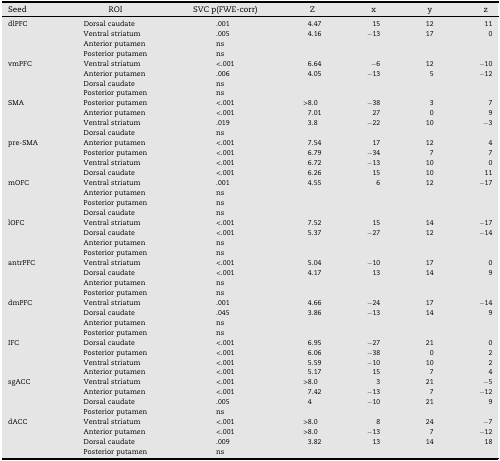
<table><thead><tr><td><b>Seed</b></td><td><b>ROI</b></td><td><b>SVC p(FWE-corr)</b></td><td><b>Z</b></td><td><b>x</b></td><td><b>y</b></td><td><b>z</b></td></tr></thead><tbody><tr><td>dlPFC</td><td>Dorsal caudate</td><td>.001</td><td>4.47</td><td>15</td><td>12</td><td>11</td></tr><tr><td>Ventral striatum</td><td>.005</td><td>4.16</td><td>−13</td><td>17</td><td>0</td></tr><tr><td>Anterior putamen</td><td>ns</td><td></td><td></td><td></td><td></td></tr><tr><td>Posterior putamen</td><td>ns</td><td></td><td></td><td></td><td></td></tr><tr><td>vmPFC</td><td>Ventral striatum</td><td>&lt;.001</td><td>6.64</td><td>−6</td><td>12</td><td>−10</td></tr><tr><td>Anterior putamen</td><td>.006</td><td>4.05</td><td>−13</td><td>5</td><td>−12</td></tr><tr><td>Dorsal caudate</td><td>ns</td><td></td><td></td><td></td><td></td></tr><tr><td>Posterior putamen</td><td>ns</td><td></td><td></td><td></td><td></td></tr><tr><td>SMA</td><td>Posterior putamen</td><td>&lt;.001</td><td>&gt;8.0</td><td>−38</td><td>3</td><td>7</td></tr><tr><td>Anterior putamen</td><td>&lt;.001</td><td>7.01</td><td>27</td><td>0</td><td>9</td></tr><tr><td>Ventral striatum</td><td>.019</td><td>3.8</td><td>−22</td><td>10</td><td>−3</td></tr><tr><td>Dorsal caudate</td><td>ns</td><td></td><td></td><td></td><td></td></tr><tr><td>pre-SMA</td><td>Anterior putamen</td><td>&lt;.001</td><td>7.54</td><td>17</td><td>12</td><td>4</td></tr><tr><td>Posterior putamen</td><td>&lt;.001</td><td>6.79</td><td>−34</td><td>7</td><td>7</td></tr><tr><td>Ventral striatum</td><td>&lt;.001</td><td>6.72</td><td>−13</td><td>10</td><td>0</td></tr><tr><td>Dorsal caudate</td><td>&lt;.001</td><td>6.26</td><td>15</td><td>10</td><td>11</td></tr><tr><td>mOFC</td><td>Ventral striatum</td><td>.001</td><td>4.55</td><td>6</td><td>12</td><td>−17</td></tr><tr><td>Anterior putamen</td><td>ns</td><td></td><td></td><td></td><td></td></tr><tr><td>Posterior putamen</td><td>ns</td><td></td><td></td><td></td><td></td></tr><tr><td>Dorsal caudate</td><td>ns</td><td></td><td></td><td></td><td></td></tr><tr><td>lOFC</td><td>Ventral striatum</td><td>&lt;.001</td><td>7.52</td><td>15</td><td>14</td><td>−17</td></tr><tr><td>Dorsal caudate</td><td>&lt;.001</td><td>5.37</td><td>−27</td><td>12</td><td>−14</td></tr><tr><td>Anterior putamen</td><td>ns</td><td></td><td></td><td></td><td></td></tr><tr><td>Posterior putamen</td><td>ns</td><td></td><td></td><td></td><td></td></tr><tr><td>antrPFC</td><td>Ventral striatum</td><td>&lt;.001</td><td>5.04</td><td>−10</td><td>17</td><td>0</td></tr><tr><td>Dorsal caudate</td><td>&lt;.001</td><td>4.17</td><td>13</td><td>14</td><td>9</td></tr><tr><td>Anterior putamen</td><td>ns</td><td></td><td></td><td></td><td></td></tr><tr><td>Posterior putamen</td><td>ns</td><td></td><td></td><td></td><td></td></tr><tr><td>dmPFC</td><td>Ventral striatum</td><td>.001</td><td>4.66</td><td>−24</td><td>17</td><td>−14</td></tr><tr><td>Dorsal caudate</td><td>.045</td><td>3.86</td><td>−13</td><td>14</td><td>9</td></tr><tr><td>Anterior putamen</td><td>ns</td><td></td><td></td><td></td><td></td></tr><tr><td>Posterior putamen</td><td>ns</td><td></td><td></td><td></td><td></td></tr><tr><td>IFC</td><td>Dorsal caudate</td><td>&lt;.001</td><td>6.95</td><td>−27</td><td>21</td><td>0</td></tr><tr><td>Posterior putamen</td><td>&lt;.001</td><td>6.06</td><td>−38</td><td>0</td><td>2</td></tr><tr><td>Ventral striatum</td><td>&lt;.001</td><td>5.59</td><td>−10</td><td>10</td><td>2</td></tr><tr><td>Anterior putamen</td><td>&lt;.001</td><td>5.17</td><td>15</td><td>7</td><td>4</td></tr><tr><td>sgACC</td><td>Ventral striatum</td><td>&lt;.001</td><td>&gt;8.0</td><td>3</td><td>21</td><td>−5</td></tr><tr><td>Anterior putamen</td><td>&lt;.001</td><td>7.42</td><td>−13</td><td>7</td><td>−12</td></tr><tr><td>Dorsal caudate</td><td>.005</td><td>4</td><td>−10</td><td>21</td><td>9</td></tr><tr><td>Posterior putamen</td><td>ns</td><td></td><td></td><td></td><td></td></tr><tr><td>dACC</td><td>Ventral striatum</td><td>&lt;.001</td><td>&gt;8.0</td><td>8</td><td>24</td><td>−7</td></tr><tr><td>Anterior putamen</td><td>&lt;.001</td><td>&gt;8.0</td><td>−13</td><td>7</td><td>−12</td></tr><tr><td>Dorsal caudate</td><td>.009</td><td>3.82</td><td>13</td><td>14</td><td>18</td></tr><tr><td>Posterior putamen</td><td>ns</td><td></td><td></td><td></td><td></td></tr></tbody></table>